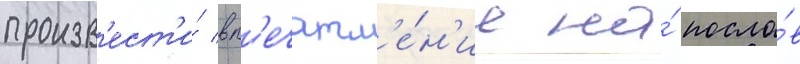
произв'ест'и́ вп'ечатл'е́н'ие на́ посло́в